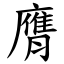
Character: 膺